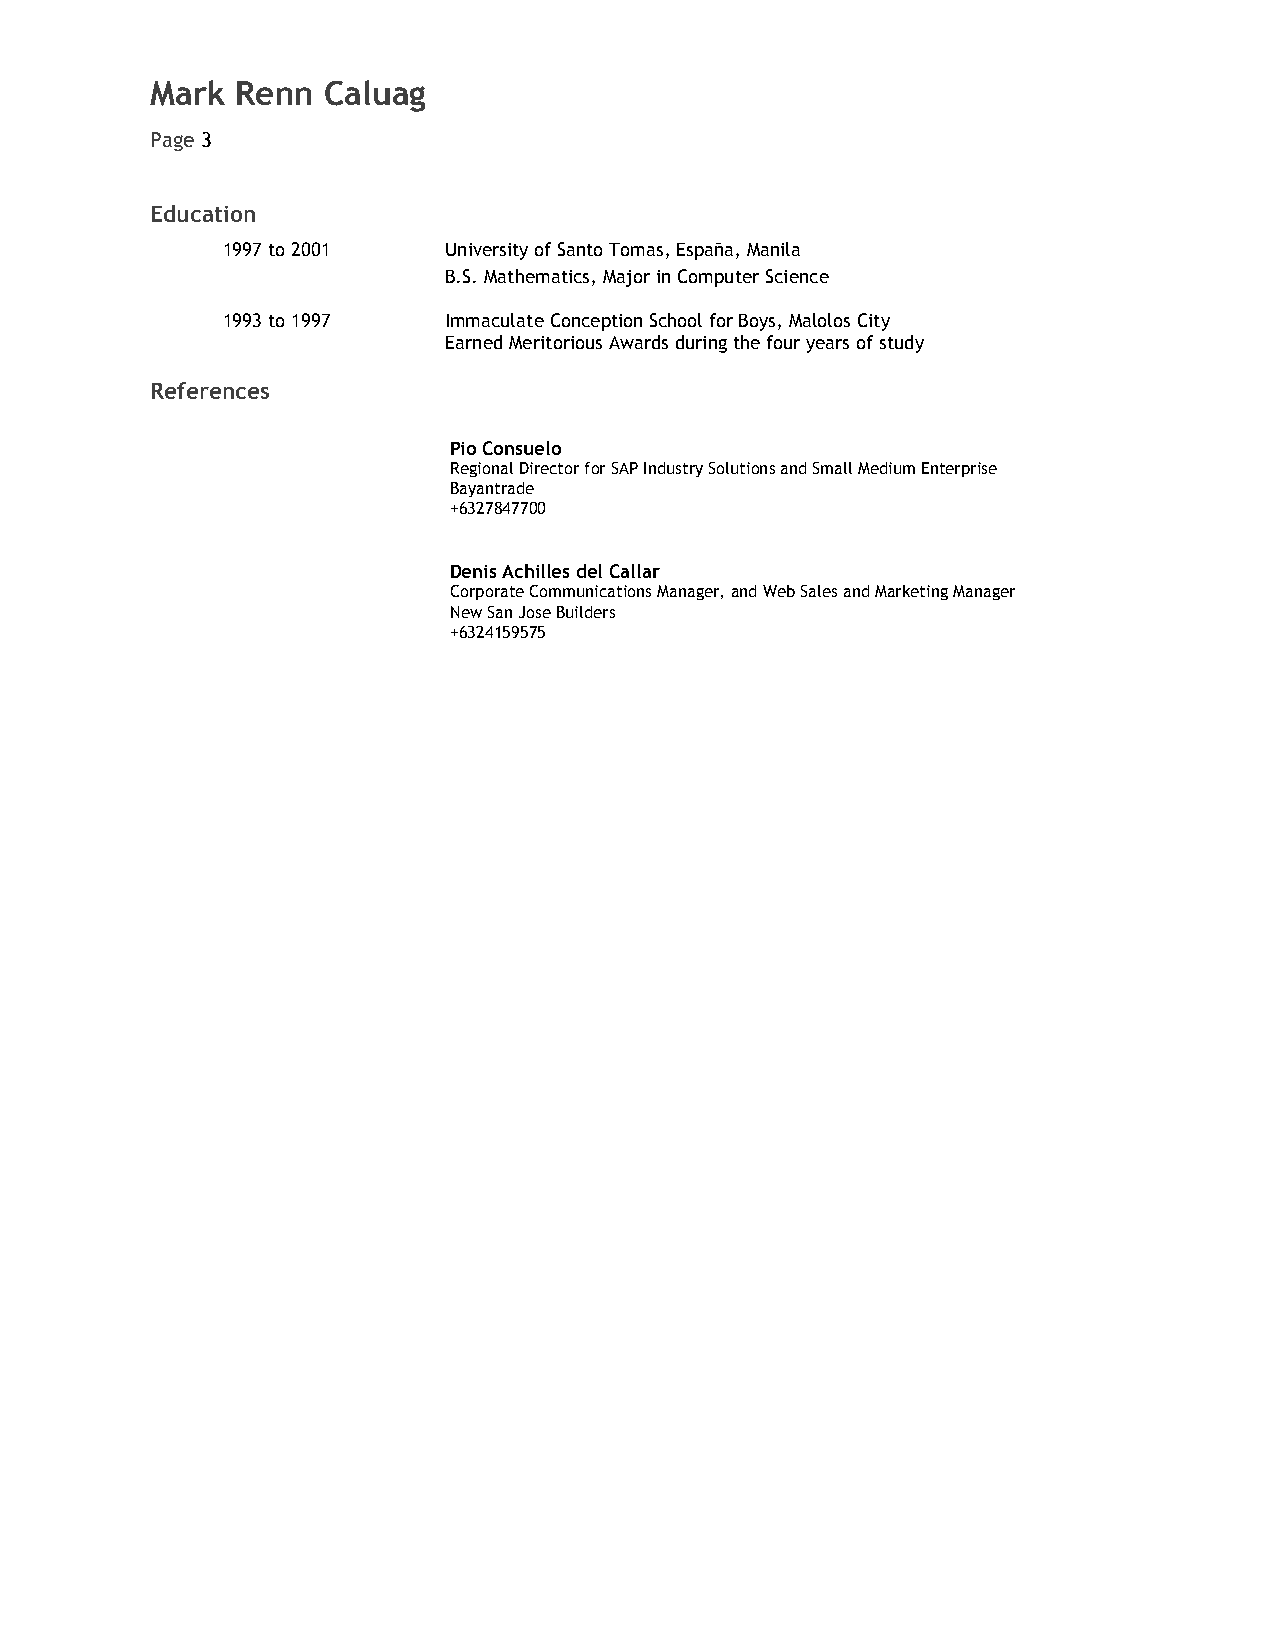
Mark  Renn Caluag
 Page 3
 Education
 1997 to 2001  University of Santo Tomas, España, Manila
 ​
 B.S. Mathematics, Major in Computer Science
 1993 to 1997  Immaculate Conception School for Boys, Malolos City
 Earned Meritorious Awards during the four years of study
 References
 Pio Consuelo
 Regional Director for SAP Industry Solutions and Small Medium Enterprise
 Bayantrade
 +6327847700
 Denis Achilles del Callar
 Corporate Communications Manager, and Web Sales and Marketing Manager
 New San Jose Builders
 +6324159575